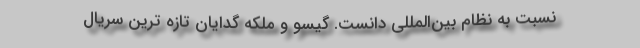
نسبت به نظام بین‌المللی دانست. گیسو و ملکه گدایان تازه ترین سریال